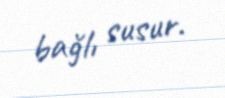
bağlı susur.